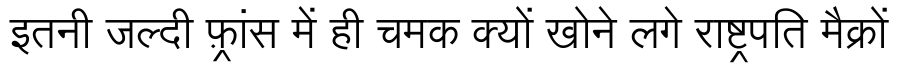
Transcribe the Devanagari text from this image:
इतनी जल्दी फ़्रांस में ही चमक क्यों खोने लगे राष्ट्रपति मैक्रों